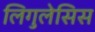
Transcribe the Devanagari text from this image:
लिगुलेसिस